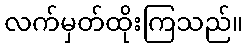
လက်မှတ်ထိုးကြသည်။